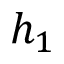
h _ { 1 }